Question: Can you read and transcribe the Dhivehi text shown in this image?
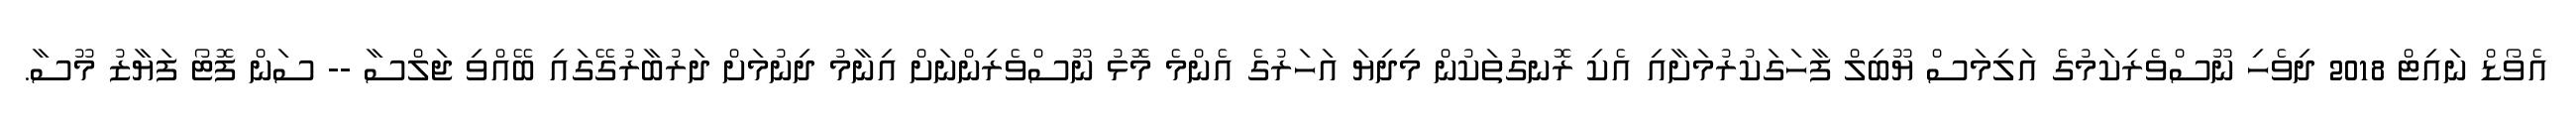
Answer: އެވޯޑް ނައިޓް 2018 ދިވެހި ނޫސްވެރިކަމުގެ އަލިމަސް ޔޫބިލް ފާހަގަކުރުމަށާއި އެކި ރޮނގުތަކުން މިދިޔަ އަހަރުގެ އެންމެ މޮޅު ނޫސްވެރިންނަށް އިނާމު ދިނުމަށް ދަރުބާރުގޭގައި ބޭއްވި ޖަލްސާ -- ސަން ފޮޓޯ ފަޔާޒު މޫސާ.